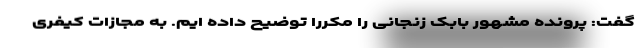
گفت: پرونده مشهور بابک زنجانی را مکررا توضیح داده ایم. به مجازات کیفری